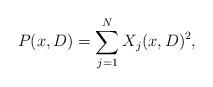
LaTeX: \begin{align*}P (x, D) = \sum_{j=1}^{N} X_{j}(x, D)^{2},\end{align*}